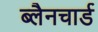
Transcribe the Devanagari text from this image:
ब्लैनचार्ड